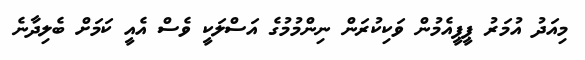
މިއަދު އުމަރު ޕީޕީއެމުން ވަކިކުރަން ނިންމުމުގެ އަސްލަކީ ވެސް އެއީ ކަމަށް ބެލިދާނެ